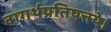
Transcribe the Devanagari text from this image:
वागर्थप्रतिपत्तये।